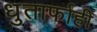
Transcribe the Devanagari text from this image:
धुतार्फाही